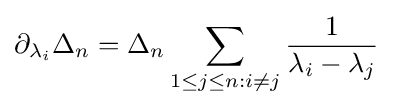
\partial _{\lambda _{i}}\Delta _{n}=\Delta _{n}\sum _{1\leq j\leq n:i\neq j}{\frac {1}{\lambda _{i}-\lambda _{j}}}